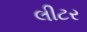
લીટર